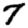
Digit: 7